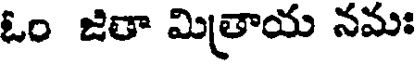
ఓం జితా మిత్రాయ నమః